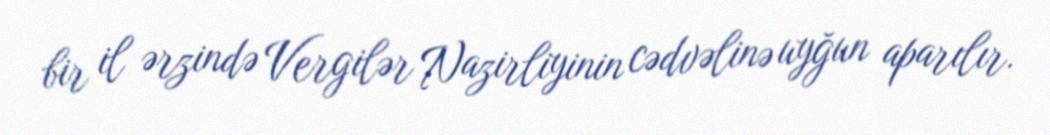
bir il ərzində Vergilər Nazirliyinin cədvəlinə uyğun aparılır.